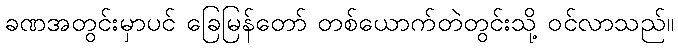
ခဏအတွင်းမှာပင် ခြေမြန်တော် တစ်ယောက်တဲတွင်းသို့ ဝင်လာသည်။